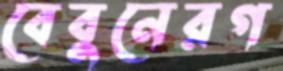
বেবুনেরগ